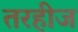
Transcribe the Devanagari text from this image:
तरहीज